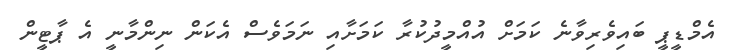
އެމްޑީޕީ ބައިވެރިވާނެ ކަމަށް އުއްމީދުކުރާ ކަމަށާއި ނަމަވެސް އެކަން ނިންމާނީ އެ ޕާޓީން